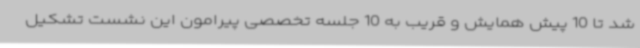
شد تا 10 پیش همایش و قریب به 10 جلسه تخصصی پیرامون این نشست تشکیل